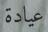
عيادة